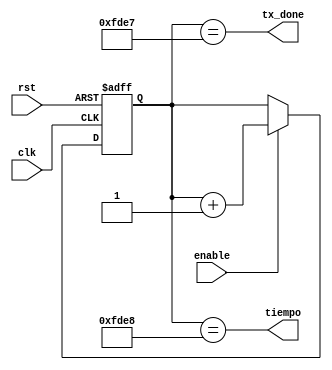
`timescale 1ns / 1ps

//////////////////////////////////////////////////////////////////////////////////
module Contador100us2(input rst, input clk, input enable, output wire tiempo, output wire tx_done);

reg [15:0] cuenta;
//Se elige el numero 1023 ya que representa 1111111111
wire  Loco;
//assign Loco = (rst)||(cuenta==13'h1488);
assign Loco = rst;
assign tiempo = (cuenta==16'hFDE8);
assign tx_done =  (cuenta==16'hFDE7);
always @(negedge clk, posedge Loco)
	if (Loco)
		cuenta <= 16'b0;
	else
		if(enable)
			cuenta <= cuenta + 16'd1;
		else
			cuenta <= cuenta;
	
endmodule